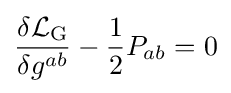
{\frac {\delta {\mathcal {L}}_{\mathrm {G} }}{\delta g^{ab}}}-{\frac {1}{2}}P_{ab}=0